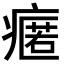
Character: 𭼟